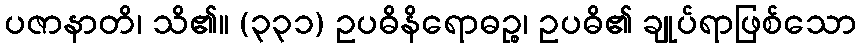
ပဇာနာတိ၊ သိ၏။ (၃၃၁) ဥပဓိနိရောဓဉ္စ၊ ဥပဓိ၏ ချုပ်ရာဖြစ်သော